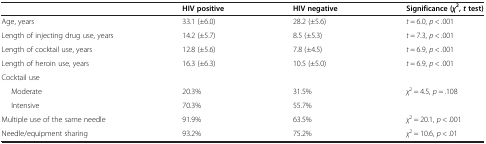
|  | HIV positive | HIV negative | Significance (χ2, t test) |
 | --- | --- | --- | --- |
 | Age, years | 33.1 (±6.0) | 28.2 (±5.6) | t = 6.0, p < .001 |
 | Length of injecting drug use, years | 14.2 (±5.7) | 8.5 (±5.3) | t = 7.3, p < .001 |
 | Length of cocktail use, years | 12.8 (±5.6) | 7.8 (±4.5) | t = 6.9, p < .001 |
 | Length of heroin use, years | 16.3 (±6.3) | 10.5 (±5.0) | t = 6.9, p < .001 |
 | Cocktail use |  |  |  |
 | Moderate | 20.3% | 31.5% | <ROWSPAN=2> χ2 = 4.5, p = .108 |
 | Intensive | 70.3% | 55.7% |
 | Multiple use of the same needle | 91.9% | 63.5% | χ2 = 20.1, p < .001 |
 | Needle/equipment sharing | 93.2% | 75.2% | χ2 = 10.6, p < .01 |